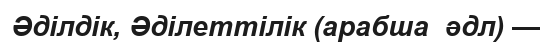
Әділдік, Әділеттілік (арабша  әдл) —